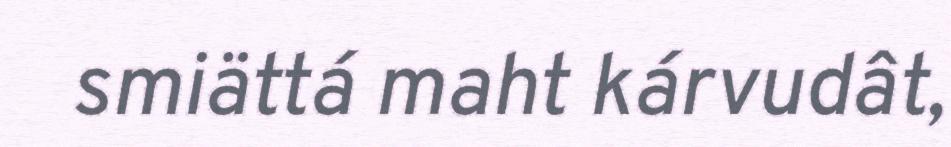
smiättá maht kárvudât,